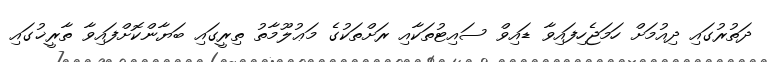
ދަތުރުގައި ދިއުމަށް ހަމަޖެހިފައިވާ ޑައިވް ސައިޓުތަކާއި ރަށްތަކުގެ މަޢުލޫމާތު ތިރީގައި ބަޔާންކޮށްފައިވާ ތާރީޚުގައި